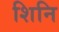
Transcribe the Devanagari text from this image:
शिनि